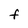
Character: F